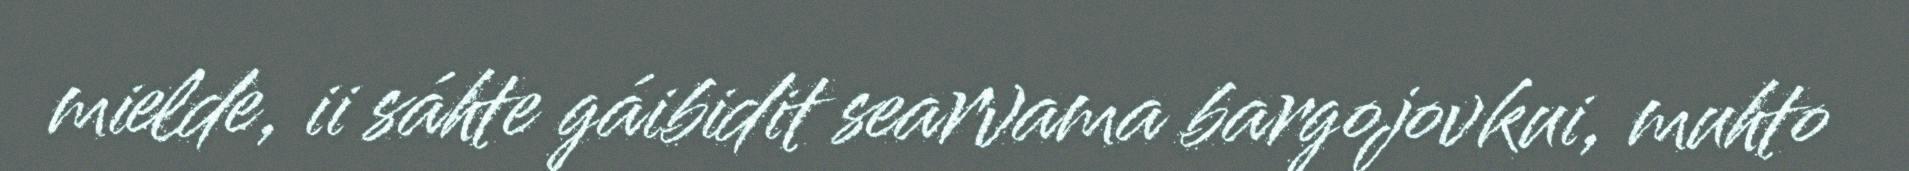
mielde, ii sáhte gáibidit searvama bargojovkui, muhto